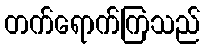
တက်ရောက်ကြသည်